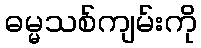
ဓမ္မသစ်ကျမ်းကို